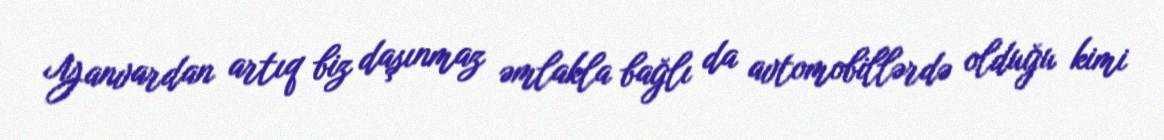
Yanvardan artıq biz daşınmaz əmlakla bağlı da avtomobillərdə olduğu kimi